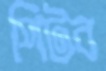
পিটব